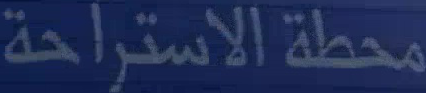
محطة الاستراحة